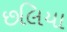
છલિયા